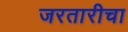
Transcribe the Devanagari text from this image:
जरतारीचा